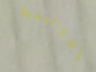
إستراتيجية